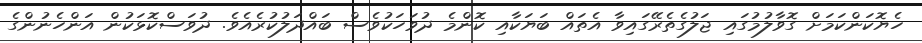
ހެޔޮކަންކަމަށް ގޮވާލުމުގައި ޖަލުގެތެރޭގައިވާ އެތައް ބަޔަކާއި ކޮންމެ ދުވަހަކުވެސް ބައްދަލުކުރެއެވެ. ދުވަސްކޮޅަކުން އަންހެނުންގެ